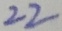
2 2